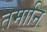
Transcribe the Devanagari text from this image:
तमानि